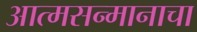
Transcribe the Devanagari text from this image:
आत्मसन्मानाचा